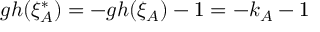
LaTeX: g h ( \xi _ { A } ^ { * } ) = - g h ( \xi _ { A } ) - 1 = - k _ { A } - 1